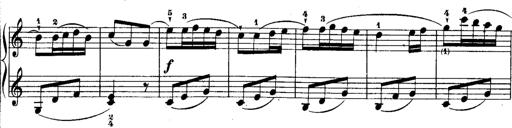
Title: Rondos and Sonatinas for Pianoforte
Composer: Daniel Steibelt